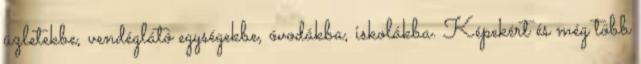
üzletekbe, vendéglátó egységekbe, óvodákba, iskolákba. Képekért és még több